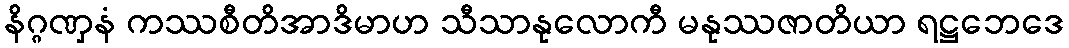
နိဂ္ဂဏှနံ ကဿစီတိအာဒိမာဟ သီသာနုလောကီ မနုဿဇာတိယာ ရဋ္ဌဘေဒေ